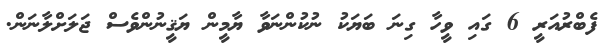
ފެބްރުއަރީ 6 ގައި ވީހާ ގިނަ ބަޔަކު ނުކުންނަވާ ޔާމީން ޔަޤީނުންވެސް ޖަލަށްލާނަން.